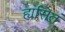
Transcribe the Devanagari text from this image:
ह्यसितं